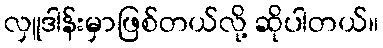
လှူဒါန်းမှာဖြစ်တယ်လို့ ဆိုပါတယ်။